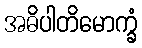
အဓိပါတိမောက္ခံ